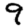
Digit: 9